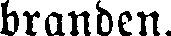
branden.